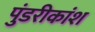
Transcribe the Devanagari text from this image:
पुंडरीकांश